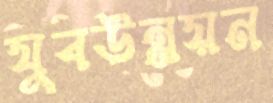
যুবউন্নয়ন